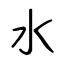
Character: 水